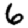
Digit: 6